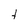
Character: t